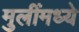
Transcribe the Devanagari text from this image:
मुलींमध्ये